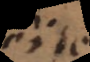
d e